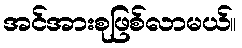
အင်အားစုဖြစ်လာမယ်။